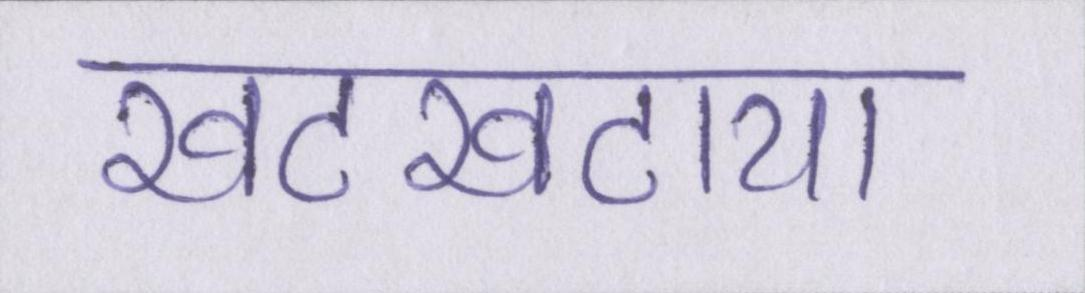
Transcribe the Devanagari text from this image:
खटखटाया